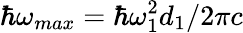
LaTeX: \hbar\omega_{max}=\hbar\omega_{1}^{2}d_{1}/2\pi c